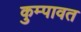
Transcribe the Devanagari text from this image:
कुम्पावत